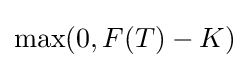
\max(0,F(T)-K)